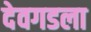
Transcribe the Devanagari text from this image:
देवगडला